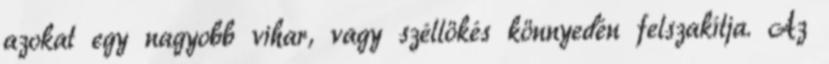
azokat egy nagyobb vihar, vagy széllökés könnyedén felszakítja. Az